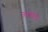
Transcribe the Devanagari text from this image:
तनबंधाचे